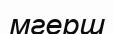
мгерш